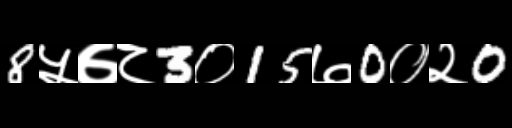
Text: 8५७८3०15७0०२0